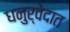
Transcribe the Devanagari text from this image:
धनुर्वेदात